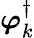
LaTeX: \boldsymbol{\varphi}_{k}^{\dagger}